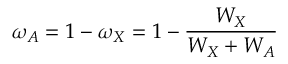
\omega _ { A } = 1 - \omega _ { X } = 1 - { \frac { W _ { X } } { W _ { X } + W _ { A } } }